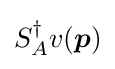
S_{A}^{\dagger }v({\boldsymbol {p}})